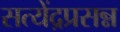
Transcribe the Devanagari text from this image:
सत्येंद्रप्रसन्न